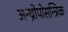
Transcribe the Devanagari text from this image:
अन्थ्रोपोसन्त्रिक